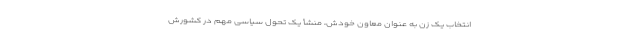
انتخاب یک زن به عنوان معاون خودش، منشأ یک تحول سیاسی مهم در کشورش